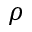
\rho